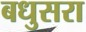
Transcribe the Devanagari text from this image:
बधुसरा